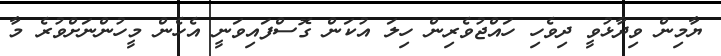
ޔާމިން ވިދާޅުވީ ދިވެހި ހައްޖުވެރިން ހިލަ އުކަން ގޮސްފައިވަނީ އެހެން މީހުންނަށްވުރެ މާ